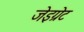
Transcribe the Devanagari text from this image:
जेइग्रेट